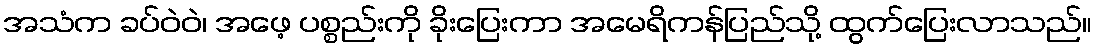
အသံက ခပ်ဝဲဝဲ၊ အဖေ့ ပစ္စည်းကို ခိုးပြေးကာ အမေရိကန်ပြည်သို့ ထွက်ပြေးလာသည်။